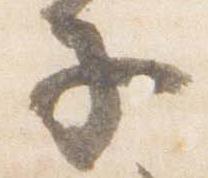
子